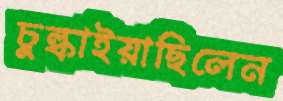
চুল্‌কাইয়াছিলেন